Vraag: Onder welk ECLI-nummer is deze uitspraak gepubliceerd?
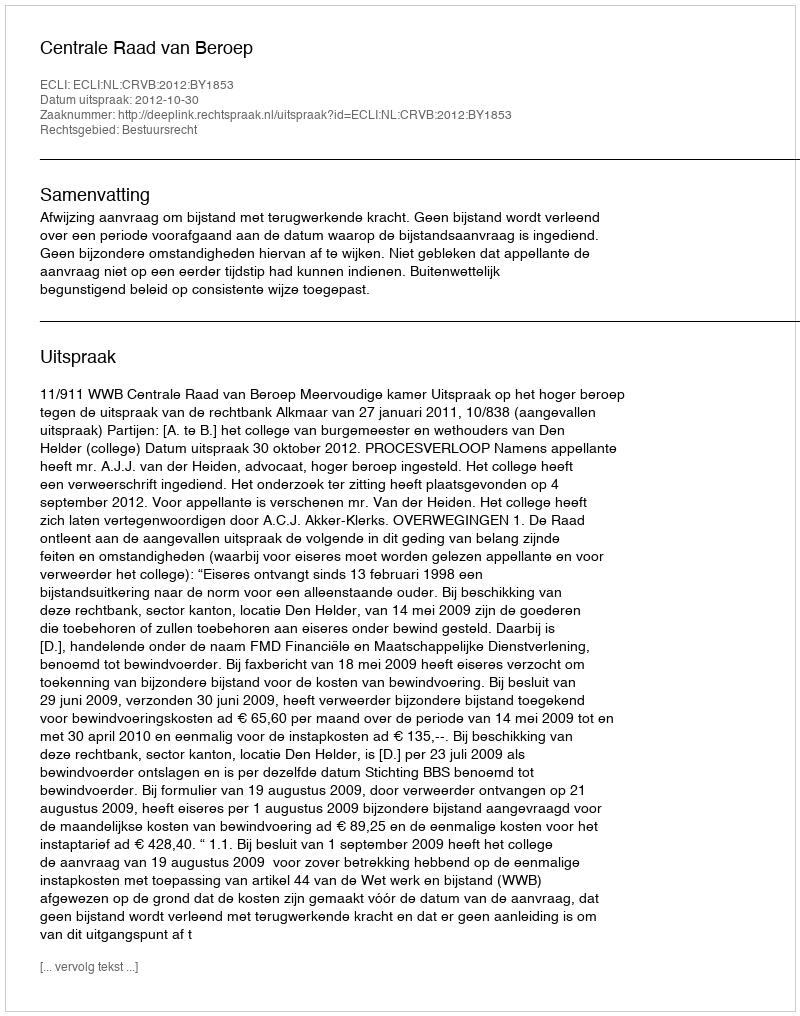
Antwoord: ECLI:NL:CRVB:2012:BY1853